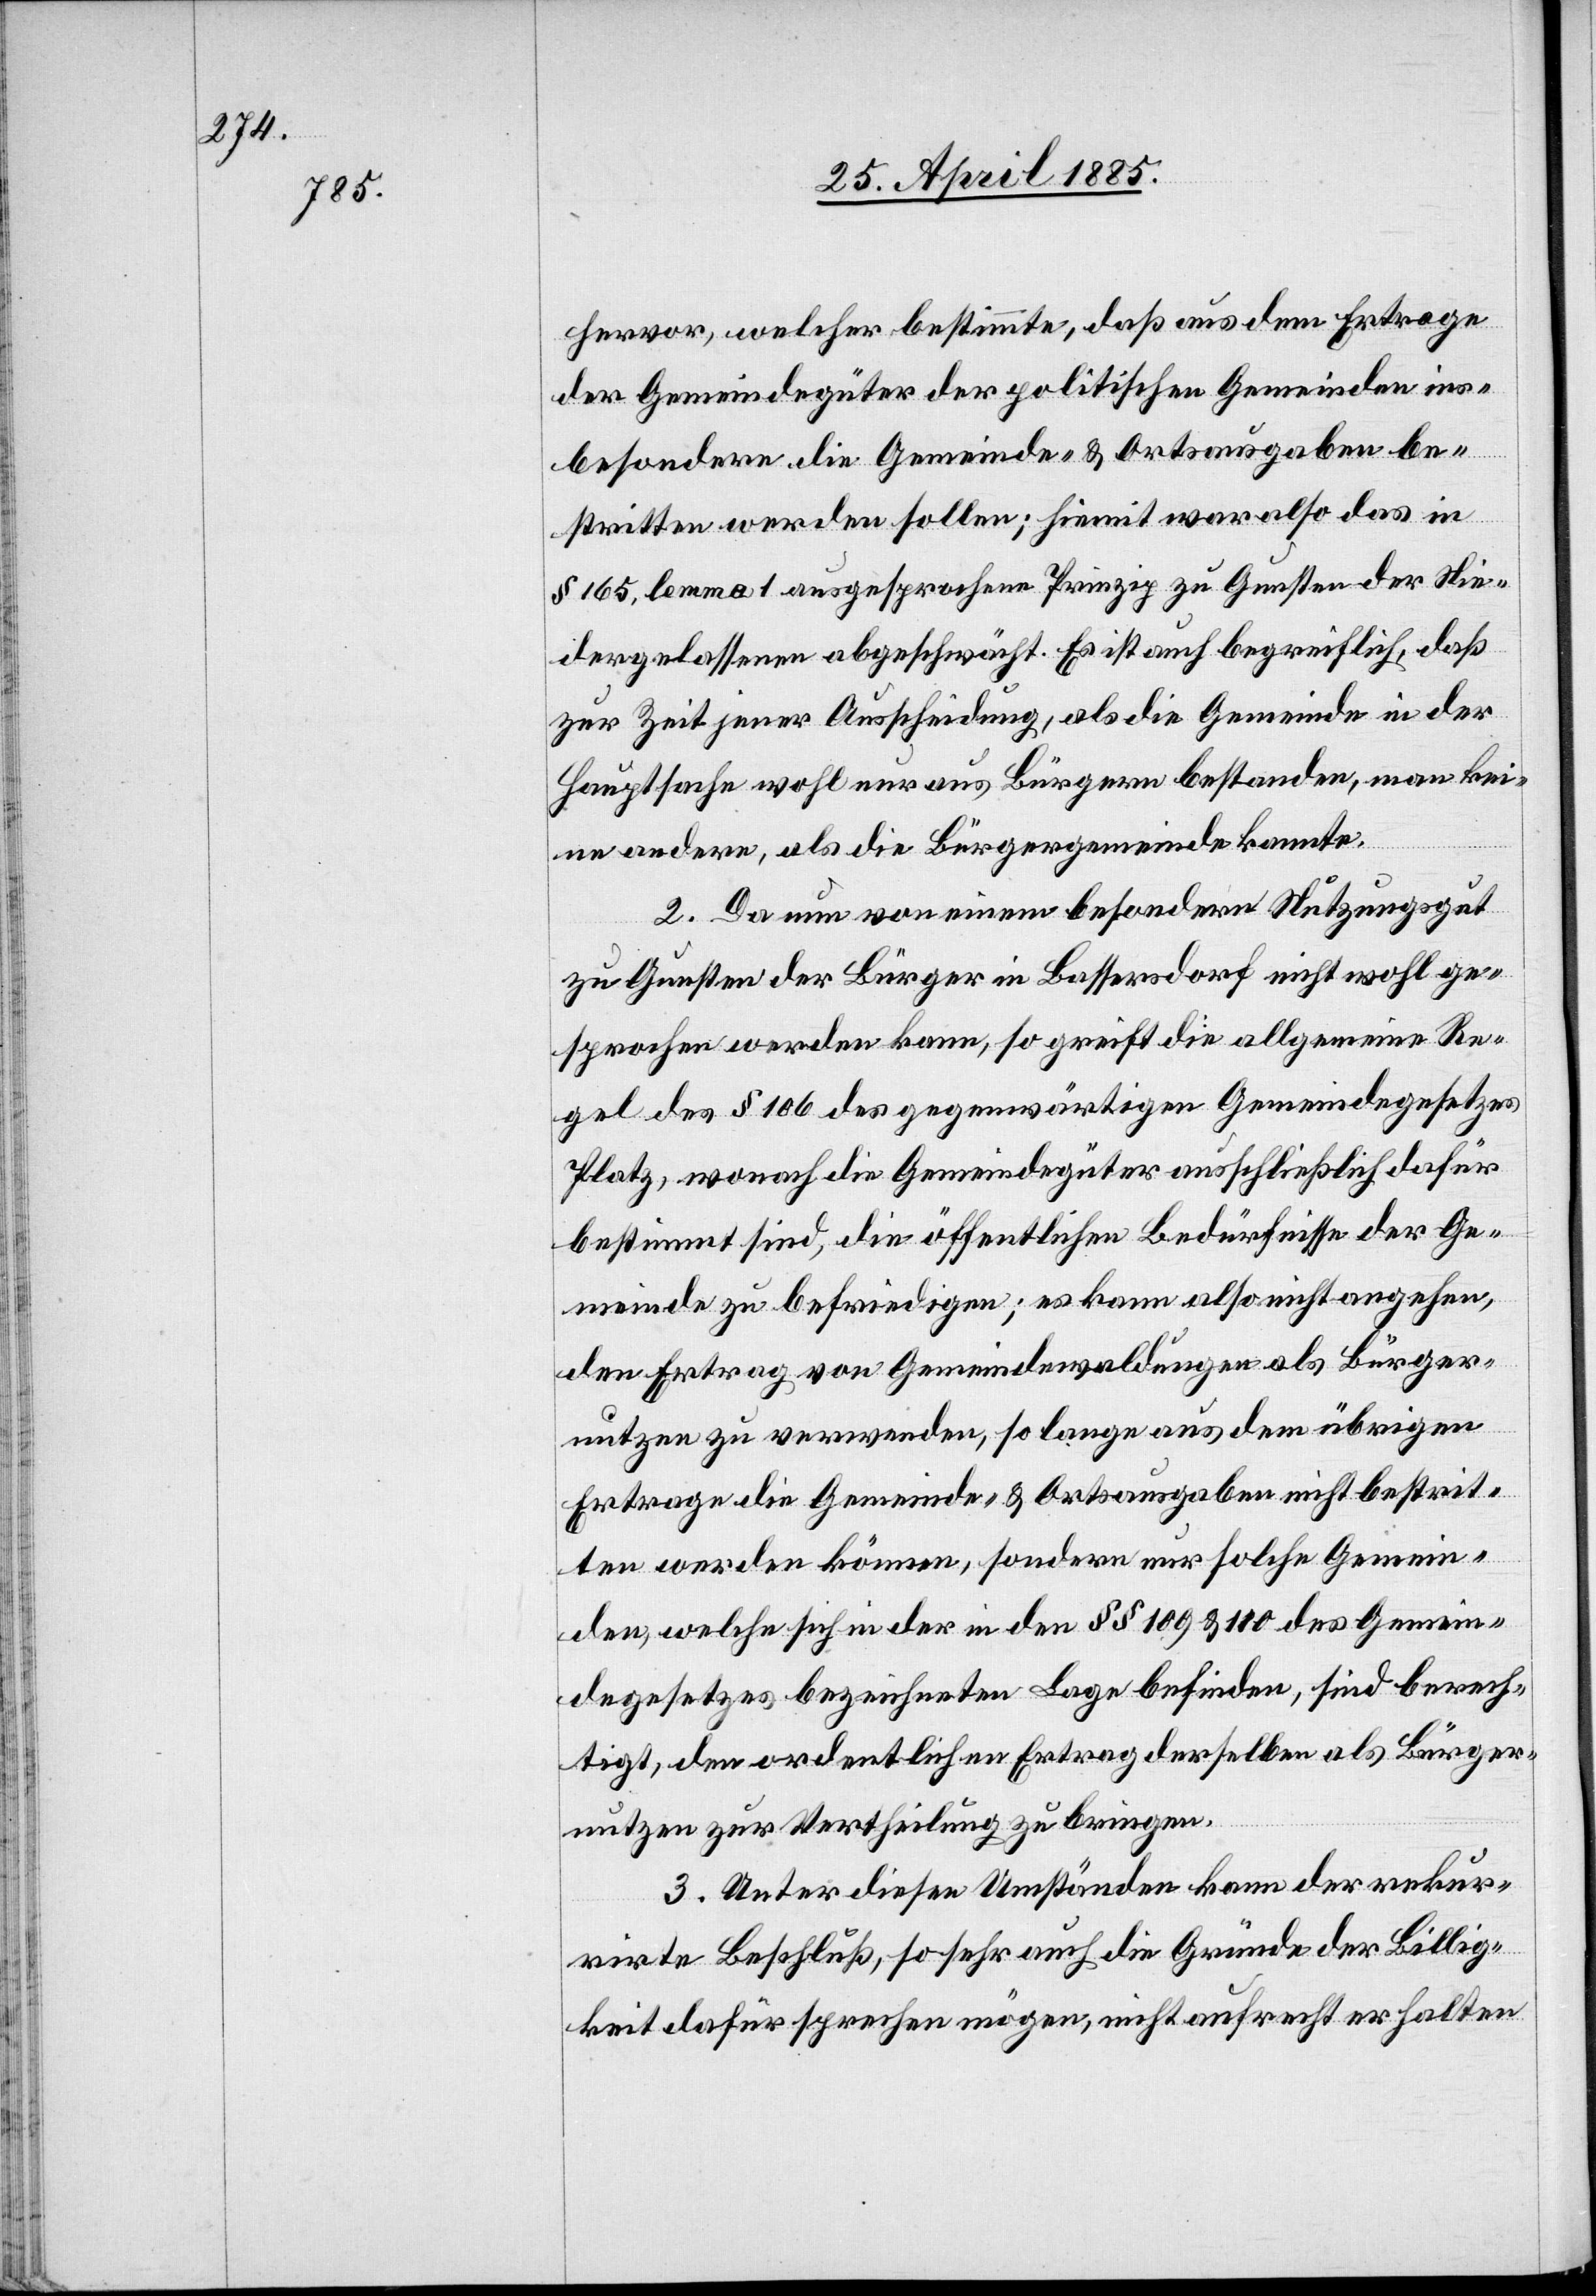
hervor, welcher bestimmte, daß aus dem Ertrage
der Gemeindegüter der politischen Gemeinden ins¬
besondere die Gemeinde- & Ortsausgaben be¬
stritten werden sollen; hiemit war also das in
§ 165, lemma 1ausgesprochene Prinzip zu Gunsten der Nie¬
dergelassenen abgeschwächt. Es ist auch begreiflich, daß
zur Zeit jener Ausscheidung, als die Gemeinde in der
Hauptsache wohl nur aus Bürgern bestanden, man kei¬
ne andere, als die Bürgergemeinde kannte.
2. Da nun von einem besondern Nutzungsgut
zu Gunsten der Bürger in Bassersdorf nicht wohl ge¬
sprochen werden kann, so greift die allgemeine Re¬
gel des § 106 des gegenwärtigen Gemeindegesetzes
Platz, wonach die Gemeindegüter ausschließlich daher
bestimmt sind, die öffentlichen Bedürfnisse der Ge¬
meinde zu befriedigen; es kann also nicht angehen,
den Ertrag von Gemeindewaldungen als Bürger¬
nutzen zu verwenden, so lange aus dem übrigen
Ertrage die Gemeinde- & Ortsausgaben nicht bestrit¬
ten werden können, sondern nur solche Gemein¬
den, welche sich in der in den §§ 109 & 110 des Gemein¬
degesetzes bezeichneten Lage befinden, sind berech¬
tigt, den ordentlichen Ertrag derselben als Bürger¬
nutzen zur Vertheilung zu bringen.
3. Unter diesen Umständen kann der rekur¬
rirte Beschluß, so sehr auch die Gründe der Billig¬
keit dafür sprechen mögen, nicht aufrecht erhalten